Annual report on the working of the mental hospitals in the Madras Presidency - 1912-1932
Year: 1912
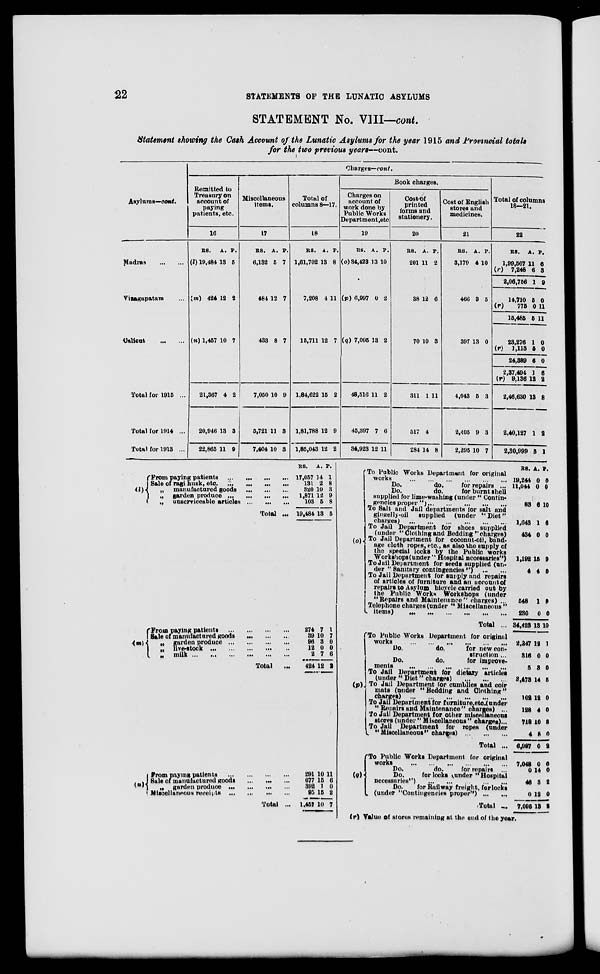
22
STATEMENTS OF THE LUNATIC ASYLUMS
STATEMENT No. VIII—cont.
Statement showing the Cash Account of the Lunatic Asylums for the year 1915 and Provincial totals
for the two previous years—cont.
Asylums—cont.
Madras
...
...
Vizagapatam ...
Calicut
...
...
Total for 1915 ...
Total for 1914 ...
Total for 1913 ...
Charges—cont.
Remitted to
Treasury on
account of
paying
patients, etc.
16
RS.
(l) 19,484
A.
13
P.
5
(m) 424 12 2
(n) 1,457 10 7
21,367
20,946
22,865
4
13
11
2
3
9
Miscellaneous
items.
17
RS.
6,132
A.
5 P.
7
484 12 7
433 8 7
7,050
5,721
7,404
10
11
10
9
3
3
Total of
columns 8—17.
18
RS.
1,61,702
A.
13
P.
8
7,208 4 11
15,711 12 7
1,84,622
1,81,788
1,85,043
15
12
12
2
9
2
Book charges.
Charges on
account of
work done by
Public Works
Department, etc.
19
RS.
(o)34,423
A.
13
P.
10
(p) 6,997 0 2
(q) 7,095 13 2
48,516
45,397
34,923
11
7
12
2
6
11
Cost of
printed
forms and
stationery.
20
RS.
201
A.
11
P.
2
38 12 6
70 10 3
311
517
284
1
4
14
11
8
Cost of English
stores and
medicines.
21
RS.
3,179
A.
4
P.
10
466 3 5
397 13 0
4,043
2,405
2,295
5
9
10
3
3
7
Total of columns
18—21.
22
RS.
1,99,507
(r) 7,248
2,06,756
14,710
(r) 775
15,485
23,276
(r) 1,113
24,389
2,37,494
(r) 9,136
2,46,630
2,40,127
2,30,999
A.
11
6
1
5
0
5
1
5
6
1
12
13
1
5
P.
6
3
9
0
11
11
0
0
0
6
2
8
2
1
(i)
From paying patients
...
...
...
...
Sale of ragi husk, etc. ... ... ... ...
„ manufactured goods
...
...
...
„ garden produce
...
...
...
...
„ unserviceable articles ... ... ...
Total ...
(m)
From paying patients
...
...
...
...
Sale of manufactured goods
...
...
...
„ garden produce
...
...
...
...
„ live-stock
...
...
...
...
...
„ milk
...
...
...
...
...
...
Total ...
(n)
From paying patients
...
...
...
...
Sale of manufactured goods
...
...
...
„ garden produce ... ... ... ...
Miscellaneous receipts
...
...
...
...
Total ...
RS.
17,057
131
320
1,871
103
19,484
274
39
96
12
2
424
291
677
392
95
1,457
A.
14
2
10
12
5
13
7
10
3
0
7
12
10
15
1
15
10
P.
1
8
3
9
8
5
1
7
0
0
6
2
11
6
0
2
7
(o)
To Public Works Department for original
works
...
...
...
...
...
...
Do.
do.
for repairs
...
Do.
do.
for burnt shell
supplied for lime-washing (under "Contin-
gencies proper ") ... ... ... ... ...
To Salt and Jail departments for salt and
gingelly-oil supplied (under "Diet"
charges)
...
...
...
...
...
...
To Jail Department for shoes supplied
(under "Clothing and Bedding" charges)
To Jail Department for coconut-oil, band-
age cloth ropes, etc., as also the supply of
the special locks by the Public works
Workshops (under "Hospital necessaries")
To Jail Department for seeds supplied (un-
der "Sanitary contingencies")
...
...
To Jail Department for supply and repairs
of articles of furniture and an account of
repairs to Asylum bicycle carried out by
the Public Works Workshops (under
"Repairs and Maintenance" charges) ...
Telephone charges (under "Miscellaneous"
items)
...
...
...
...
...
...
Total ...
(p)
To Public Works Department for original
works
...
...
...
...
...
...
Do.
do.
for new con-
struction ...
Do.
do.
for improve-
ments
...
...
...
...
...
...
To Jail Department for dietary articles
(under "Diet" charges)
...
...
...
To Jail Department for cumblies and coir
mats (under "Bedding and Clothing"
charges) ... ... ... ... ... ...
To Jail Department for furniture, etc. (under
"Repairs and Maintenance" charges) ...
To Jail Department for other miscellaneous
stores (under "Miscellaneous" charges) ...
To Jail Department for ropes (under
"Miscellaneous" charges)
...
...
...
Total ...
(g)
To Public Works Department for original
works
...
...
...
...
...
...
Do.
do.
for repairs ...
Do.
for locks (under "Hospital
necessaries")
...
...
...
...
...
Do.
for Railway freight, for locks
(under "Contingencies proper") ... ...
Total ...
(r)
RS.
19,244
11,044
83
1,643
434
1,192
4
548
230
34,423
2,247
316
5
3,473
102
128
718
4
6,997
7,048
0
46
0
7,095
A.
0
0
6
1
0
15
4
1
0
13
12
0
3
14
12
4
10
8
0
0
14
3
12
13
P.
0
0
10
6
0
9
0
9
0
10
1
0
0
5
0
0
8
0
2
0
0
2
0
2
Value of stores remaining at the end of the year.